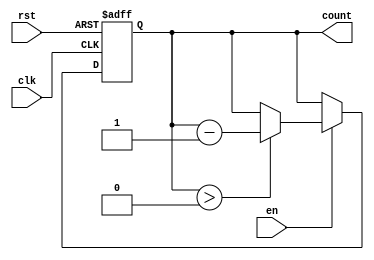
module binary_down_counter (
    input wire clk,        // Clock signal
    input wire rst,        // Asynchronous reset signal
    input wire en,         // Enable signal
    output reg [3:0] count // 4-bit count output
);

    // Define the maximum value for a 4-bit counter
    localparam MAX_COUNT = 4'b1111;

    // Asynchronous reset and counting logic
    always @(posedge clk or posedge rst) begin
        if (rst) begin
            // Reset the counter to the maximum value
            count <= MAX_COUNT;
        end else if (en) begin
            // Decrement the counter if enabled
            if (count > 0) begin
                count <= count - 1;
            end
            // If count reaches zero, it holds at zero
            // Uncomment the next line for wrap-around behavior
            // else begin count <= MAX_COUNT; end
        end
    end

    // Initialize the counter to the maximum value
    initial begin
        count = MAX_COUNT;
    end

endmodule